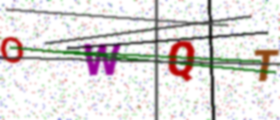
Text: OWQT